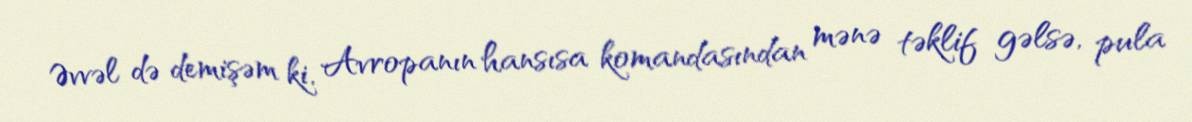
Əvvəl də demişəm ki, Avropanın hansısa komandasından mənə təklif gəlsə, pula